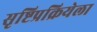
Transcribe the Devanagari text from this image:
सृष्टिप्रक्रियेला